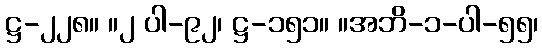
ဋ္ဌ-၂၂၈။ ။၂ ပါ-၉၂၊ ဋ္ဌ-၁၅၁။ ။အဘိ-၁-ပါ-၅၅၊